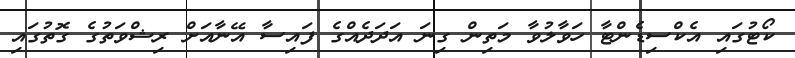
ކޯޓުގައި އެކްސިޑެންޓާ ހަވާލުވާ މަތިން ގިނަ އަދަދެއްގެ ފައިސާ އޭނާއަށް ރިޝްވަތުގެ ގޮތުގައި